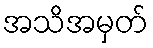
အသိအမှတ်